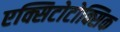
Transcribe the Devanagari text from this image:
एक्सिटोटोक्सिक